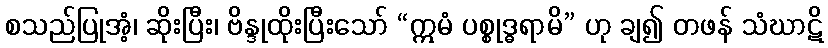
စသည်ပြုအံ့၊ ဆိုးပြီး၊ ဗိန္ဒုထိုးပြီးသော် “ဣမံ ပစ္စုဒ္ဓရာမိ” ဟု ချ၍ တဖန် သံဃာဋိ